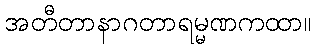
အတီတာနာဂတာရမ္မဏကထာ။